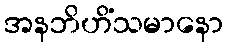
အနဘိဟိံသမာနော